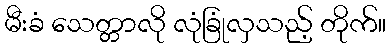
မီးခံ သေတ္တာလို လုံခြုံလှသည့် တိုက်။